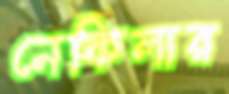
নেফিলার